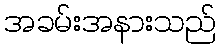
အခမ်းအနားသည်